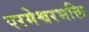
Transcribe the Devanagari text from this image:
परमेश्वरभक्ति